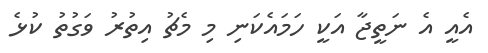
އެއީ އެ ނަތީޖާ އަކީ ހަމައެކަނި މި މެޗު އިތުރު ވަގުތު ކުޅެ